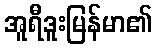
အူရီဒူးမြန်မာ၏